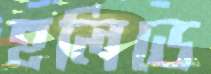
হলিডে